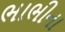
ભાભીના